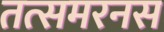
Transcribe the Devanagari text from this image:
तत्समरनस